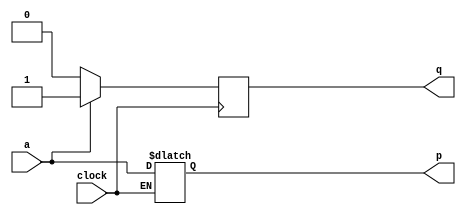
module top_module (
    input clock,
    input a,
    output p,
    output q );
    
    reg x, y;
    
    always @(clock) begin
        if (clock == 1) begin
        	x = a;
        end
    end
    
    always @(negedge clock) begin
        if (a == 1) begin
        	y = 1;
        end
        else begin
        	y = 0;
        end
    end
        
     

    assign p = x;
	assign q = y;
endmodule